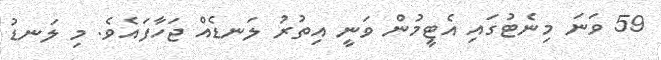
59 ވަނަ މިނެޓުގައި އެޓީމުން ވަނީ އިތުރު ލަނޑެއް ޖަހާފައެވެ. މި ލަނޑު